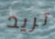
تريد